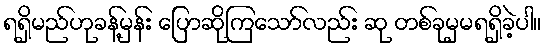
ရရှိမည်ဟုခန့်မှန်း ပြောဆိုကြသော်လည်း ဆု တစ်ခုမှမရရှိခဲ့ပါ။